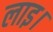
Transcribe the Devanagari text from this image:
लाइ।